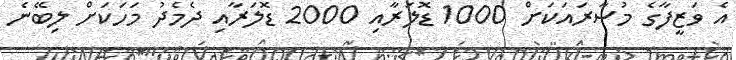
އެ ވަޒީފާގެ މުސާރައަކަށް 1000 ޑޮލަރާއި 2000 ޑޮލަރާއި ދެމެދު މަހަކަށް ލިބޭނެ